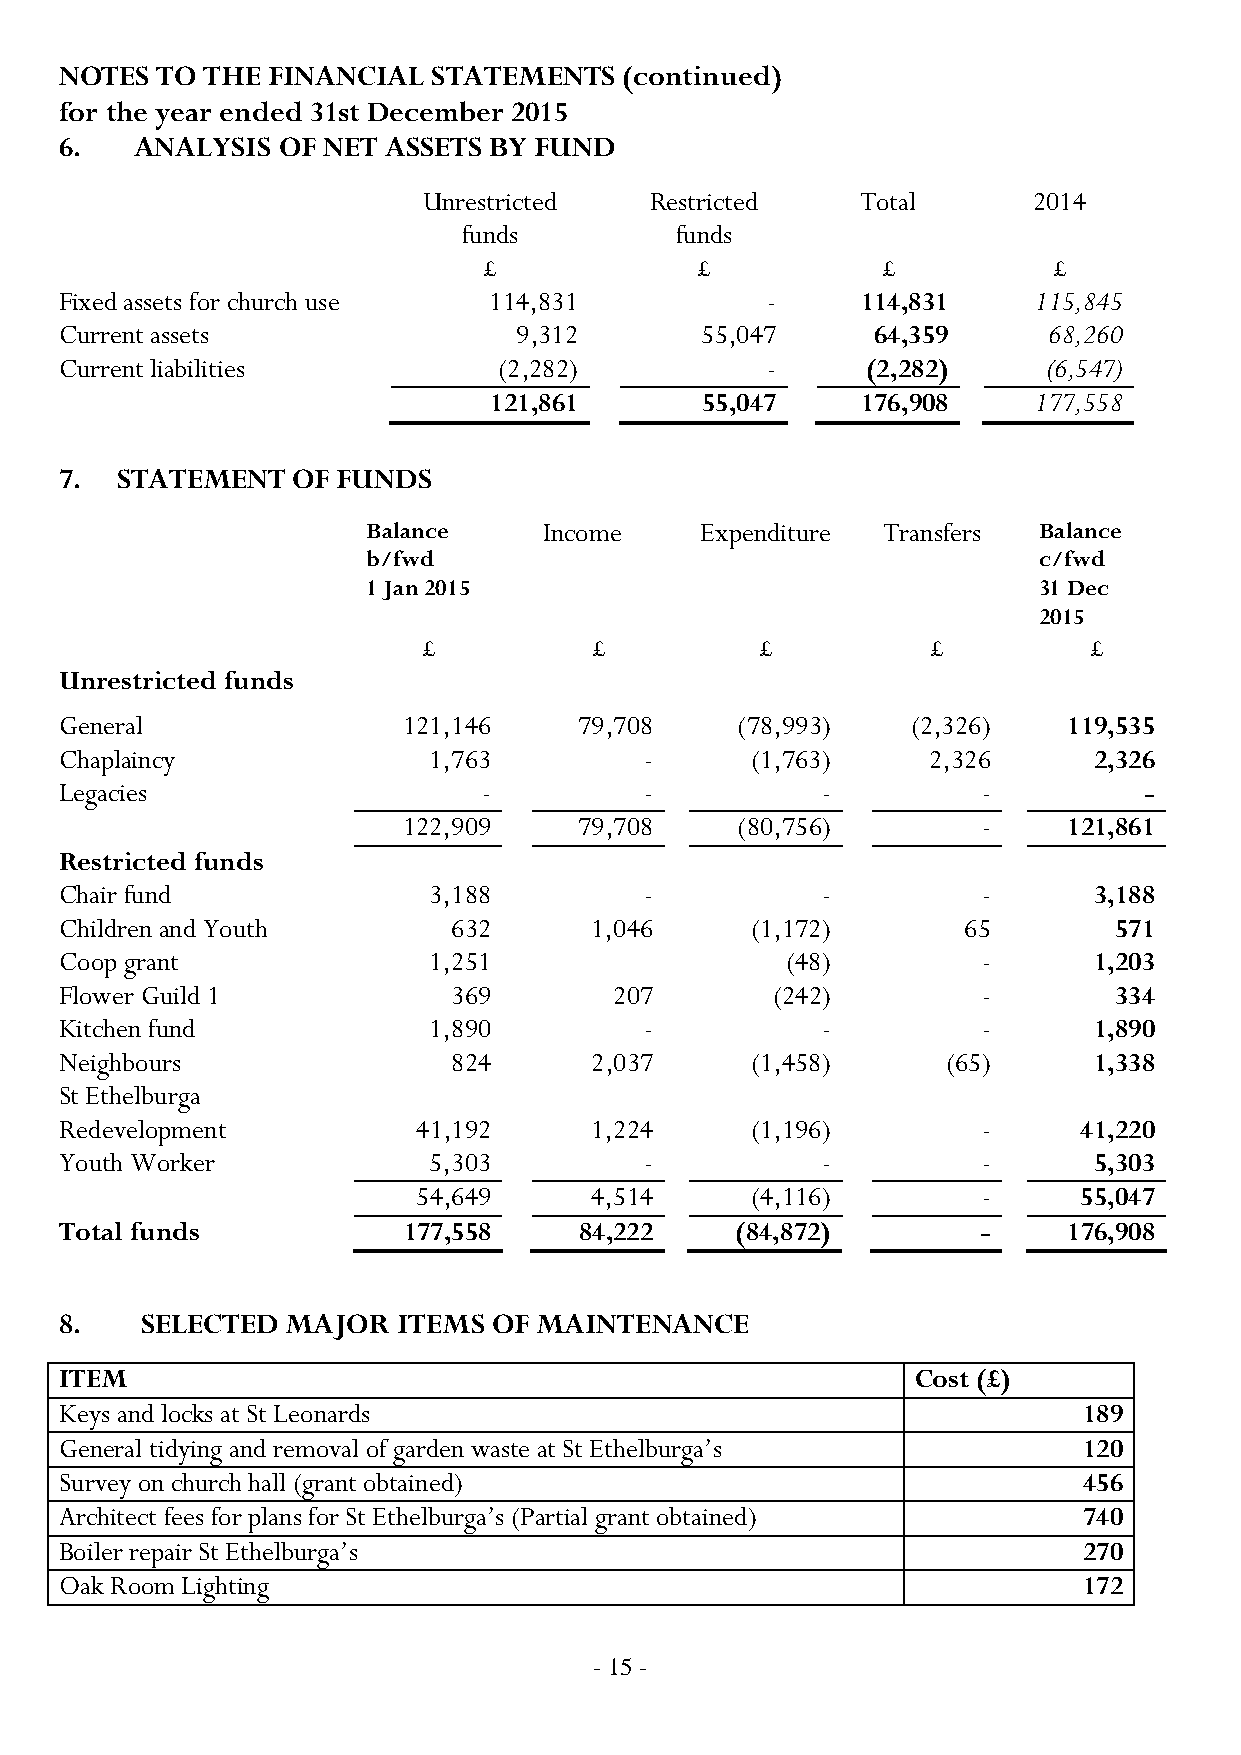
NOTES TO  THE FINANCIAL  STATEMENTS  (continued)
 for the year ended 31st December 2015
 6.   ANALYSIS OF NET ASSETS BY FUND
 Unrestricted   Restricted    Total      2014
 funds         funds
 £             £           £           £
 Fixed assets for church use 114,831            -     114,831    115,845
 Current assets                9,312       55,047      64,359     68,260
 Current liabilities          (2,282)           -     (2,282)     (6,547)
 121,861       55,047     176,908    177,558
 7.  STATEMENT  OF FUNDS
 Balance     Income    Expenditure Transfers  Balance
 b/fwd                                        c/fwd
 1 Jan 2015                                   31 Dec
 2015
 £          £          £           £         £
 Unrestricted funds
 General                121,146    79,708     (78,993)   (2,326)    119,535
 Chaplaincy              1,763          -      (1,763)    2,326      2,326
 Legacies                    -          -          -          -          -
 122,909    79,708     (80,756)        -     121,861
 Restricted funds
 Chair fund              3,188          -          -          -      3,188
 Children and Youth        632      1,046      (1,172)       65        571
 Coop grant              1,251                   (48)         -      1,203
 Flower Guild 1            369        207       (242)         -        334
 Kitchen fund            1,890          -          -          -      1,890
 Neighbours                824      2,037      (1,458)      (65)     1,338
 St Ethelburga
 Redevelopment           41,192     1,224      (1,196)        -     41,220
 Youth Worker            5,303          -          -          -      5,303
 54,649     4,514      (4,116)        -     55,047
 Total funds            177,558    84,222     (84,872)        -     176,908
 8.   SELECTED  MAJOR  ITEMS  OF MAINTENANCE
 ITEM                                                     Cost (£)
 Keys and locks at St Leonards                                       189
 General tidying and removal of garden waste at St Ethelburga’s      120
 Survey on church hall (grant obtained)                              456
 Architect fees for plans for St Ethelburga’s (Partial grant obtained) 740
 Boiler repair St Ethelburga’s                                       270
 Oak Room Lighting                                                   172
 - 15 -